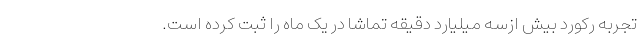
تجربه رکورد بیش ازسه میلیارد دقیقه تماشا در یک ماه را ثبت کرده است.